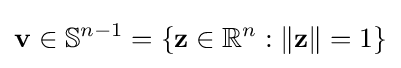
\mathbf {v} \in \mathbb {S} ^{n-1}=\{\mathbf {z} \in \mathbb {R} ^{n}:\lVert \mathbf {z} \rVert =1\}